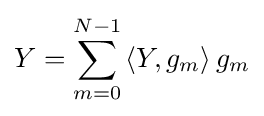
Y=\sum _{m=0}^{N-1}\left\langle Y,g_{m}\right\rangle g_{m}